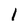
Character: l